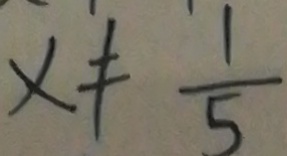
x \neq \frac { 1 } { 5 }